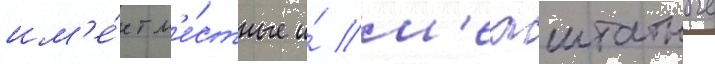
им'е́ет м'е́стные и́ м'ежштатные